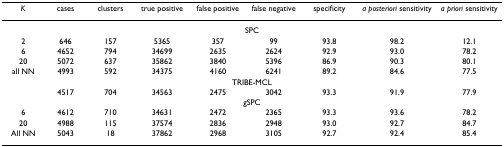
| K | cases | clusters | true positive | false positive | false negative | specificity | a posteriori sensitivity | a priori sensitivity |
 | --- | --- | --- | --- | --- | --- | --- | --- | --- |
 | <COLSPAN=9> SPC |
 | 2 | 646 | 157 | 5365 | 357 | 99 | 93.8 | 98.2 | 12.1 |
 | 6 | 4652 | 794 | 34699 | 2635 | 2624 | 92.9 | 93.0 | 78.2 |
 | 20 | 5072 | 637 | 35862 | 3840 | 5396 | 86.9 | 90.3 | 80.1 |
 | all NN | 4993 | 592 | 34375 | 4160 | 6241 | 89.2 | 84.6 | 77.5 |
 | <COLSPAN=9> TRIBE-MCL |
 |  | 4517 | 704 | 34563 | 2475 | 3042 | 93.3 | 91.9 | 77.9 |
 | <COLSPAN=9> gSPC |
 | 6 | 4612 | 710 | 34631 | 2472 | 2365 | 93.3 | 93.6 | 78.2 |
 | 20 | 4988 | 115 | 37574 | 2836 | 2948 | 93.0 | 92.7 | 84.7 |
 | All NN | 5043 | 18 | 37862 | 2968 | 3105 | 92.7 | 92.4 | 85.4 |